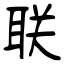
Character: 联